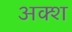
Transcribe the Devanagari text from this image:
अक्श